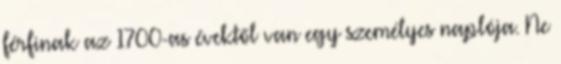
férfinak az 1700-as évektől van egy személyes naplója. Ne